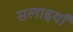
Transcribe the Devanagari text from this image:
सलाइयाँ